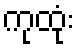
ကုထုံး